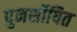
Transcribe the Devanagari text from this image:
पुनर्शोषित